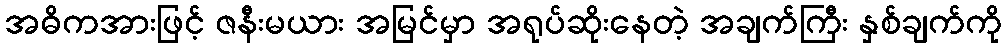
အဓိကအားဖြင့် ဇနီးမယား အမြင်မှာ အရုပ်ဆိုးနေတဲ့ အချက်ကြီး နှစ်ချက်ကို